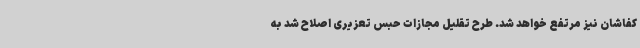
کفاشان نیز مرتفع خواهد شد. طرح تقلیل مجازات حبس تعزیری اصلاح شد به